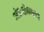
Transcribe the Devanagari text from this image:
अंतःक्षेपणाने